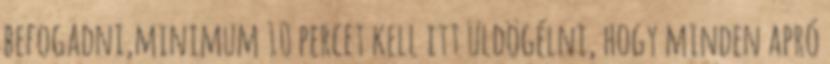
befogadni,minimum 10 percet kell itt üldögélni, hogy minden apró